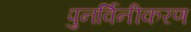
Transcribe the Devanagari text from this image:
पुनर्विनीकरण